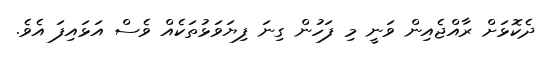
ދެކޮޅަށް ރާއްޖެއިން ވަނީ މި ފަހުން ގިނަ ފިޔަވަޅުތަކެއް ވެސް އަޅައިފަ އެވެ.